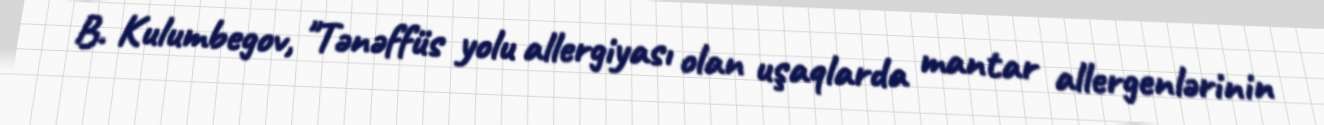
B. Kulumbegov, "Tənəffüs yolu allergiyası olan uşaqlarda mantar allergenlərinin